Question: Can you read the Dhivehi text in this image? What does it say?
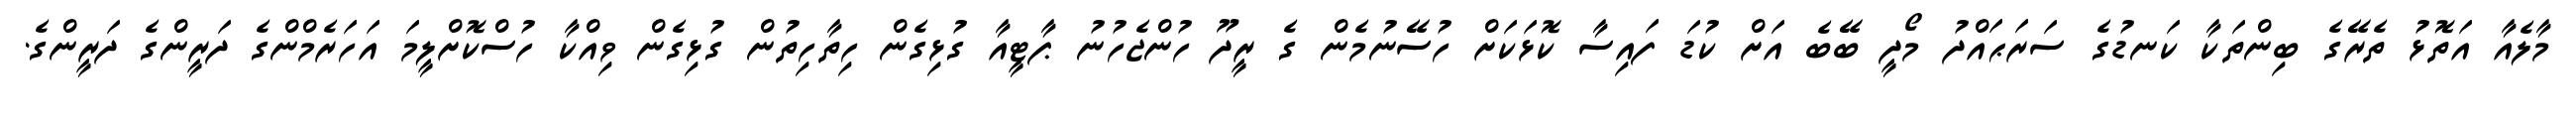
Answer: މާލެއާ އަތޮޅު ތެރޭގެ ބިންތަކާ ކަނޑުގެ ސަރަޙައްދު މޯދީ ބޭބެ އަށް ކުޑަ ފައިސާ ކޮޅަކަށް ހުސޭނުމެން ގެ ރީދޫ ހުންޖެހުނު ޕާޓީއާ ގުޅިގެން ހިތާހިތުން ގުޅިގެން ވިއްކާ ހުސްކޮށްލީމަ އަހަރެމްންގެ ދަރީންގެ ދަރީންގެ.